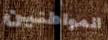
المواطنين